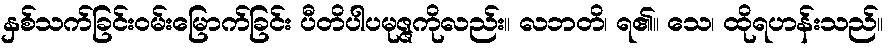
နှစ်သက်ခြင်းဝမ်းမြောက်ခြင်း ပီတိပါပမုဇ္ဇကိုလည်း။ လဘတိ၊ ရ၏။ သေ၊ ထိုရဟန်းသည်။